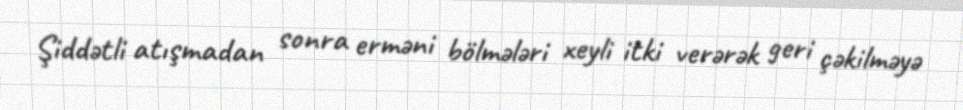
Şiddətli atışmadan sonra erməni bölmələri xeyli itki verərək geri çəkilməyə